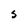
Character: S